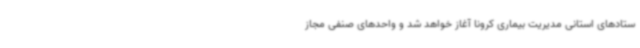
ستادهای استانی مدیریت بیماری کرونا آغاز خواهد شد و واحدهای صنفی مجاز